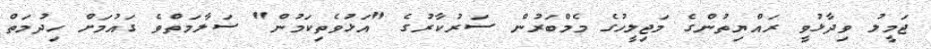
ޖަމީލު ވިދާޅުވީ ރައްޔިތުންގެ މަޖިލީހުގެ މެމްބަރުން ސަރުކާރުގެ "އަޅުވެތިކަމުން" ސަލާމަތްވެ ގައުމަށް ހިދުމަތް